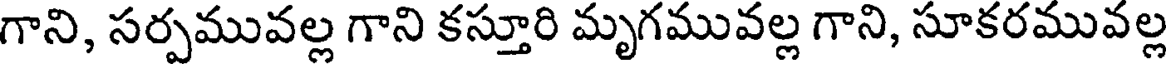
గాని, సర్పమువల్ల గాని కస్తూరి మృగమువల్ల గాని, సూకరమువల్ల